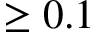
\geq 0 . 1